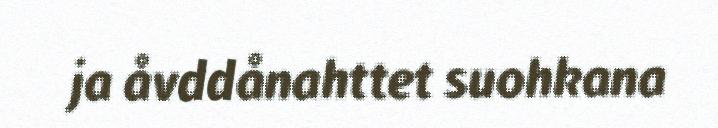
ja åvddånahttet suohkana